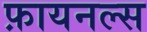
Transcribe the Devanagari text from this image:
फ़ायनल्स